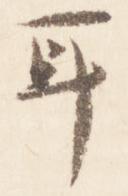
耳